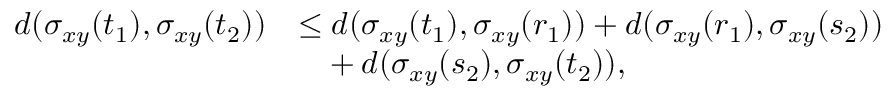
\begin{array} { r l } { d ( \sigma _ { x y } ( t _ { 1 } ) , \sigma _ { x y } ( t _ { 2 } ) ) } & { \leq d ( \sigma _ { x y } ( t _ { 1 } ) , \sigma _ { x y } ( r _ { 1 } ) ) + d ( \sigma _ { x y } ( r _ { 1 } ) , \sigma _ { x y } ( s _ { 2 } ) ) } \\ & { \phantom { \leq } + d ( \sigma _ { x y } ( s _ { 2 } ) , \sigma _ { x y } ( t _ { 2 } ) ) , } \end{array}